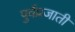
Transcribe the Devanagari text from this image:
पुर्वप्रजाती